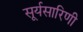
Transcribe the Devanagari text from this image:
सूर्यसारिणी